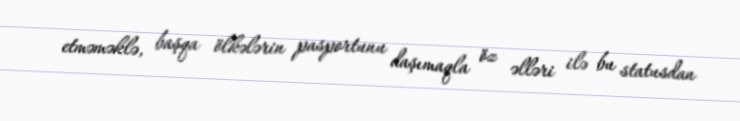
etməməklə, başqa ölkələrin pasportunu daşımaqla öz əlləri ilə bu statusdan